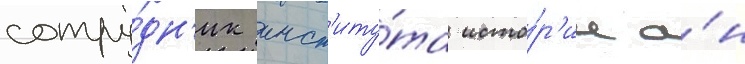
сотру́дн'ик инст'иту́та исто́р'ии а́н